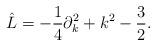
LaTeX: \begin{align*}\hat{L} = - \frac{1}{4} \partial_k^2 + k^2 - \frac{3}{2}.\end{align*}